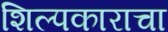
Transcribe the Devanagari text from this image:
शिल्पकाराचा